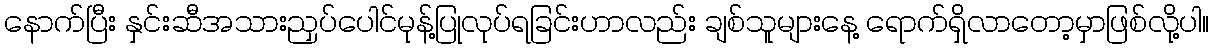
နောက်ပြီး နှင်းဆီအသားညှပ်ပေါင်မုန့်ပြုလုပ်ရခြင်းဟာလည်း ချစ်သူများနေ့ ရောက်ရှိလာတော့မှာဖြစ်လို့ပါ။